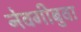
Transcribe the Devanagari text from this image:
नेवगीबुवा